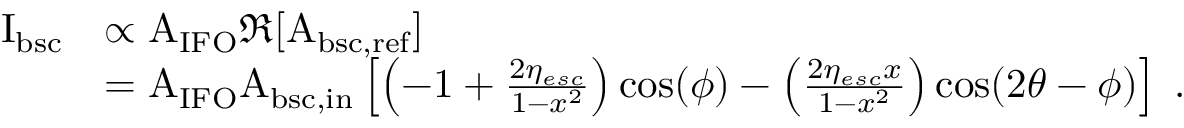
\begin{array} { r l } { \mathrm { I _ { b s c } } } & { \propto \mathrm { A _ { I F O } } \Re [ \mathrm { A _ { b s c , r e f } } ] } \\ & { = \mathrm { A _ { I F O } A _ { b s c , i n } } \left[ \left( - 1 + \frac { 2 \eta _ { e s c } } { 1 - x ^ { 2 } } \right) \cos ( \phi ) - \left( \frac { 2 \eta _ { e s c } x } { 1 - x ^ { 2 } } \right) \cos ( 2 \theta - \phi ) \right] \; . } \end{array}